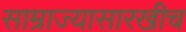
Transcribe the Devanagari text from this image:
साम्राज्यासारखीच